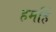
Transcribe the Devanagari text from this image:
हमहिं